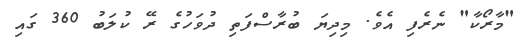
"މާރޯކާ" ނެރެފި އެވެ. މިދިޔަ ބުރާސްފަތި ދުވަހުގެ ރޭ ކުލަބު 360 ގައި